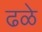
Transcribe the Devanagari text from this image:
ढळे